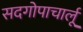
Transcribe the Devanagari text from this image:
सदगोपाचार्लू